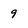
Character: 9